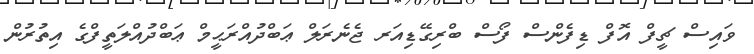
ވައިސް ޗީފް އޮފް ޑިފެންސް ފޯސް ބްރިގޭޑިއަރ ޖެނެރަލް ޢަބްދުއްރަޙީމް ޢަބްދުއްލަތީފްގެ އިތުރުން